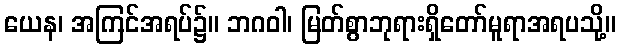
ယေန၊ အကြင်အရပ်၌။ ဘဂဝါ၊ မြတ်စွာဘုရားရှိတော်မူရာအရပသို့။